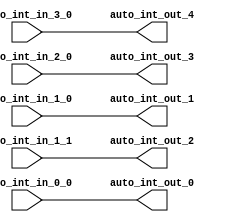
module IntXbar_1(
  input   auto_int_in_3_0,
  input   auto_int_in_2_0,
  input   auto_int_in_1_0,
  input   auto_int_in_1_1,
  input   auto_int_in_0_0,
  output  auto_int_out_0,
  output  auto_int_out_1,
  output  auto_int_out_2,
  output  auto_int_out_3,
  output  auto_int_out_4
);
  assign auto_int_out_0 = auto_int_in_0_0; // @[Nodes.scala 1210:84 LazyModule.scala 309:16]
  assign auto_int_out_1 = auto_int_in_1_0; // @[Nodes.scala 1210:84 LazyModule.scala 309:16]
  assign auto_int_out_2 = auto_int_in_1_1; // @[Nodes.scala 1210:84 LazyModule.scala 309:16]
  assign auto_int_out_3 = auto_int_in_2_0; // @[Nodes.scala 1210:84 LazyModule.scala 309:16]
  assign auto_int_out_4 = auto_int_in_3_0; // @[Nodes.scala 1210:84 LazyModule.scala 309:16]
endmodule